Lunatic asylums United Provinces 1909-1921 - 1909-1921
Year: 1909
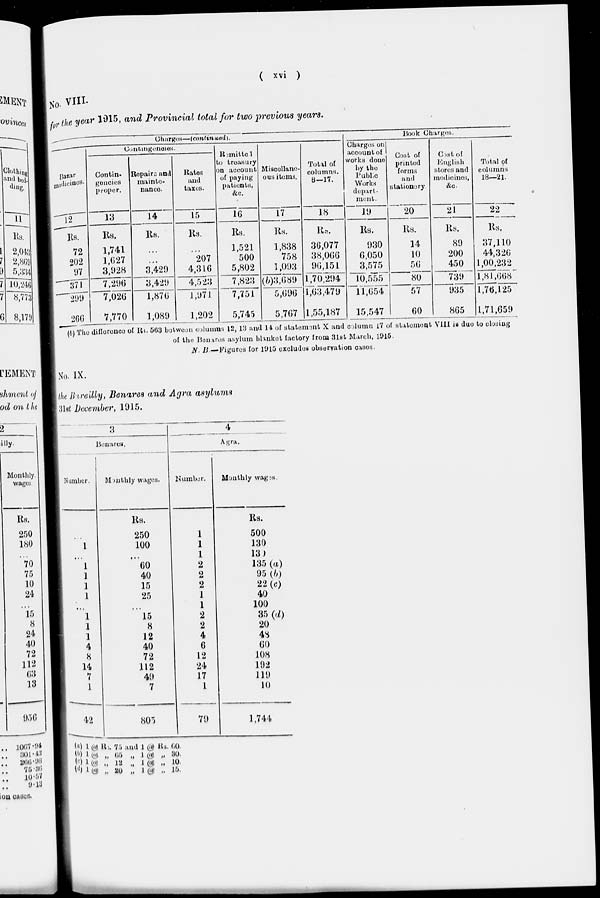
( xvi )
No. VIII.
for the year 1915, and Provincial total for two previous years.
Charges—(continued).
Bazar
medicines.
12
Rs.
72
202
97
371
299
266
Contingencies.
Contin-
gencies
proper.
13
Rs.
1,741
1,627
3,928
7,296
7,026
7,770
Repairs and
mainte-
nance.
14
Rs.
...
...
3,429
3,429
1,876
1,089
Rates
and
taxes.
15
Rs.
...
207
4,316
4,523
1,971
1,202
Remitted
to treasury
on account
of paying
patients,
&c.
16
Rs.
1,521
500
5,802
7,823
7,751
5,745
Miscellane-
ous items.
17
Rs.
1,838
758
1,093
(b)3,689
5,696
5,7067
Total of
columns.
8—17.
18
Rs.
36,077
38,066
96,151
1,70,294
1,63,479
1,55,187
Book Charges.
Charges on
account of
works done
by the
Public
Works
depart-
ment.
19
Rs.
930
6,050
3,575
10,555
11,654
15,547
Cost of
printed
forms
and
stationery.
20
Rs.
14
10
50
80
57
60
Cost of
English
stores and
medicines,
&c.
21
Rs.
89
200
450
739
935
865
Total of
columns
18—21.
22
Rs.
37,110
44,326
1,00,232
1,81,668
1,76,125
1,71,659
(b) The difference of Rs. 563 between columns 12, 13 and 14 of statement X and column 17 of statement VIII is due to closing
of the Benares asylum blanket factory from 31st March, 1915.
N. B. —Figures for 1915 excludes observation cases.
No. IX.
the Bareilly, Benares and Agra asylums
31st December, 1915.
3
Benares.
Number.
...
1
...
1
1
1
1
...
1
1
1
4
8
14
7
1
42
Monthly wages.
Rs.
250
100
...
60
40
15
25
...
15
8
12
40
72
112
49
7
805
4
Agra.
Number.
1
1
1
2
2
2
1
1
2
2
4
6
12
24
17
1
79
Monthly wages.
Rs.
500
130
130
135 (a)
95 (b)
22 (c)
40
100
35 (d)
20
48
60
108
192
119
10
1,744
(a) 1 @ Rs. 75 and 1 @ Rs. 60.
(b) 1 @ „ 65 „ 1 @ „ 30.
(c) 1 @ „ 12 „ 1 @ „ 10.
(d) 1 @ „ 20 „ 1 @ .. 15.